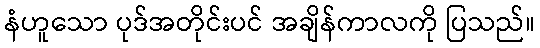
နံဟူသော ပုဒ်အတိုင်းပင် အချိန်ကာလကို ပြသည်။